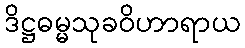
ဒိဋ္ဌဓမ္မသုခဝိဟာရာယ